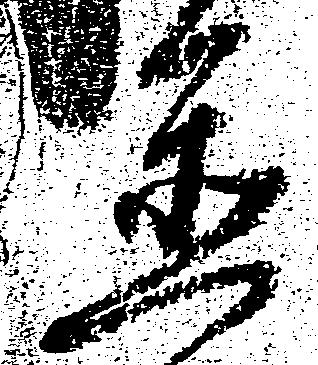
置